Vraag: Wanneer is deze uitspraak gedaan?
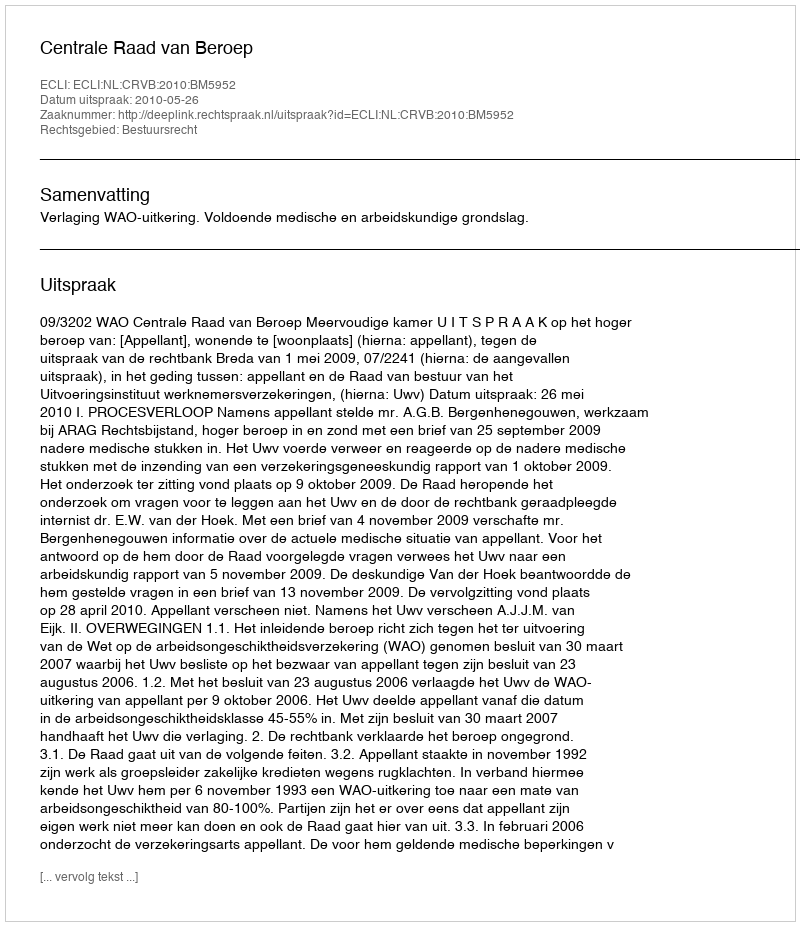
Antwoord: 2010-05-26